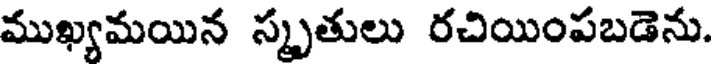
ముఖ్యమయిన స్మృతులు రచియింపబడెను.